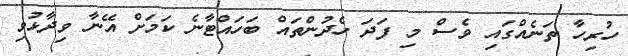
ހުރިހާ ތަނެއްގައި ވެސް މި ފަދަ ހެދުންތައް ބަހައްޓާނެ ކަމަށް އޭނާ ވިދާޅުވި